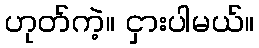
ဟုတ်ကဲ့။ ငှားပါမယ်။